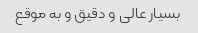
بسیار عالی و دقیق و به موقع